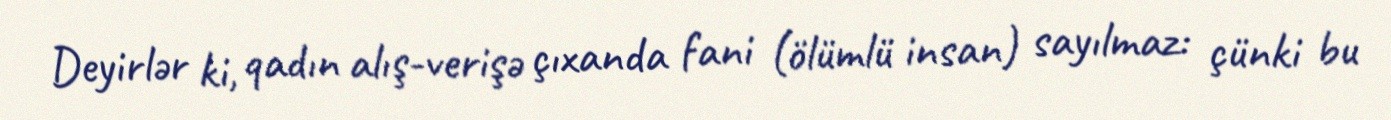
Deyirlər ki, qadın alış-verişə çıxanda fani (ölümlü insan) sayılmaz: çünki bu